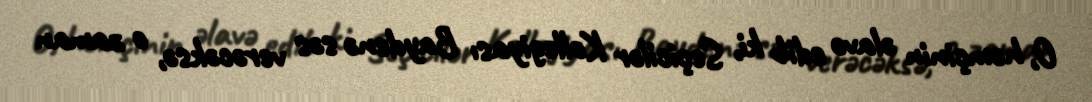
O, həmçinin əlavə edib ki, Seçicilər Kollegiyası Baydenə səs verəcəksə, o zaman